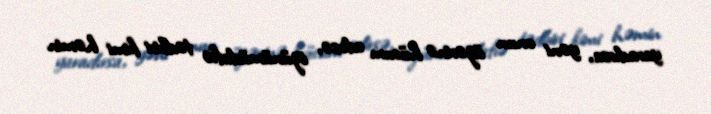
yaradırsa, yəni onun üzərinə hücum edirsə, özünümüdafiə tədbiri kimi həmin